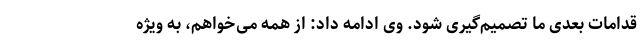
قدامات بعدی ما تصمیم‌گیری شود. وی ادامه داد: از همه می‌خواهم، به ویژه